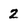
Character: 2